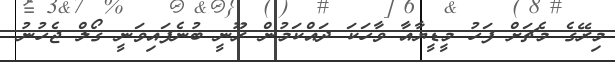
މިރޭގެ މެޗަށް ފަހު މީޑީޔާއާ ވާހަކަ ދައްކަމުން ރޫނީ ބުނެފައިވަނީ ގޯލް ޖެހުނު